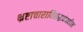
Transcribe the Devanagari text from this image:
भ्रष्टाचाराविरुद्धदेखील